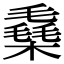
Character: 㯔